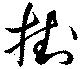
掛